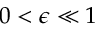
0 < \epsilon \ll 1